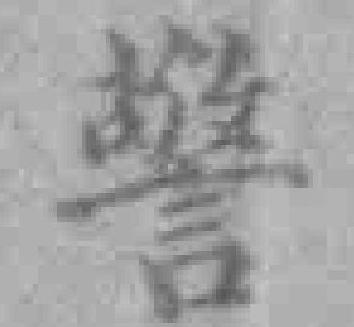
警